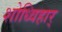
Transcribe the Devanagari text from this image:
शोध्विहार्